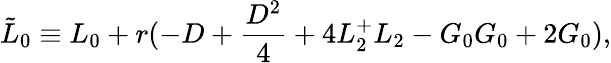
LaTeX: \tilde{L}_{0}\equiv L_{0}+r(-D+\frac{D^{2}}{4}+4L_{2}^{+}L_{2}-G_{0}G_{0}+2G_{0}),